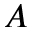
A